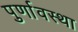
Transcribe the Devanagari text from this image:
पुर्णावस्था